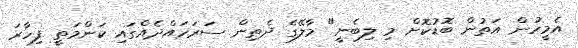
އެމީހުން އަތުން ބޮޑުކޮށް މި ލިބެނީ" މާލޭގެ ދެތިން ސަރަހައްދެއްގައި ކަންމަތީ ފިހާރަ